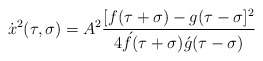
\begin{align*}\dot x^2(\tau,\sigma)=A^2 \frac{[f(\tau+\sigma)-g(\tau-\sigma]^2}{4 \acute f(\tau+\sigma)\acute g(\tau-\sigma)}\end{align*}